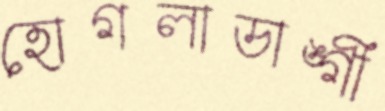
হোগলাডাঙ্গী